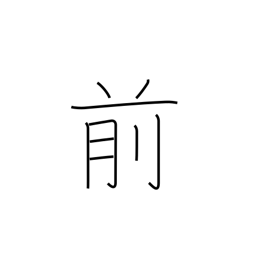
Meaning: in front